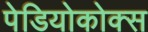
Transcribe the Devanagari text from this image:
पेडियोकोक्स